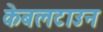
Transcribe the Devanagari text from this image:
केबलटाउन